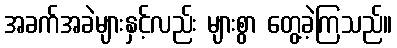
အခက်အခဲများနှင့်လည်း များစွာ တွေ့ခဲ့ကြသည်။